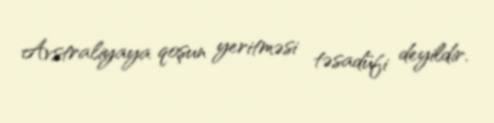
Avstraliyaya qoşun yeritməsi təsadüfi deyildir.